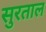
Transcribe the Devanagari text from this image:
सुरताल